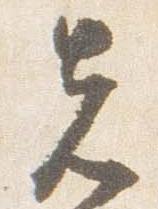
先